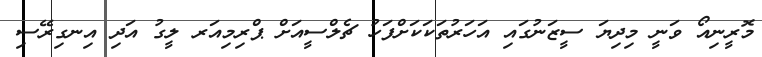
މޮރީނިއޯ ވަނީ މިދިޔަ ސީޒަނުގައި އަހަރުތަކަކަށްފަހު ޗެލްސީއަށް ޕްރިމިއަރ ލީގު އަދި އިނގިރޭސި